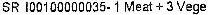
SR I00100000035- 1 MEAT + 3 VEGE